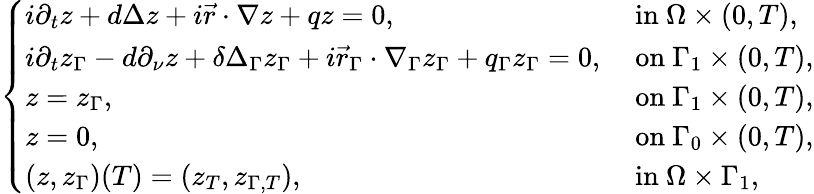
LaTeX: \begin{array}{r}{\left\{ \begin{array}{ll}{i\partial_{t}z+d\Delta z+i\vec{r}\cdot\nabla z+qz=0,}&{\mathrm{~in~}\Omega\times(0,T),}\\ {i\partial_{t}z_{\Gamma}-d\partial_{\nu}z+\delta\Delta_{\Gamma}z_{\Gamma}+i\vec{r}_{\Gamma}\cdot\nabla_{\Gamma}z_{\Gamma}+q_{\Gamma}z_{\Gamma}=0,}&{\mathrm{~on~}\Gamma_{1}\times(0,T),}\\ {z=z_{\Gamma},}&{\mathrm{~on~}\Gamma_{1}\times(0,T),}\\ {z=0,}&{\mathrm{~on~}\Gamma_{0}\times(0,T),}\\ {(z,z_{\Gamma})(T)=(z_{T},z_{\Gamma,T}),}&{\mathrm{~in~}\Omega\times\Gamma_{1},}\end{array}\right.}\end{array}